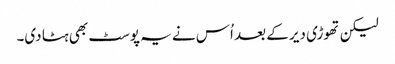
لیکن تھوڑی دیر کے بعد اُس نے یہ پوسٹ بھی ہٹا دی۔